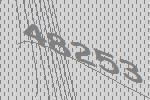
48253